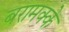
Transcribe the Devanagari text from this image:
बरामक्के